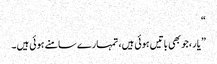
“
” یار ،جو بھی باتیں ہوئی ہیں، تمہارے سامنے ہوئی ہیں ۔